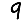
Digit: 9